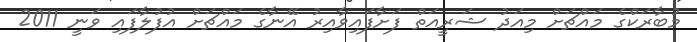
މުބާރަކްގެ މައްޗަށް މިއަދު ޝަރީއަތް ފަށާފައިވާއިރު އޭނާގެ މައްޗަށް އުފުލާފައި ވަނީ 2011